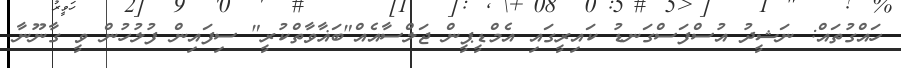
ހައްގުތައް: ނަޝީދު އުސްފަސްގަނޑު ކައިރީގައި އެމްޑީޕީން ޖަލްސާއެއް"ބަޣާވާތްކުރީ" ސިފައިން ފުލުހުން ވީ ގާނޫނާ